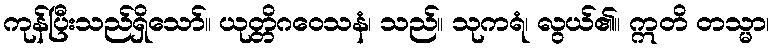
ကုန်ပြီးသည်ရှိသော်။ ယုတ္တိဂဝေသနံ၊ သည်။ သုကရံ၊ လွယ်၏။ ဣတိ တသ္မာ၊